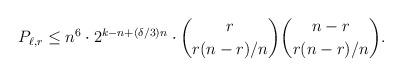
LaTeX: \begin{align*} P_{\ell,r} &\leq n^6 \cdot 2^{k-n+(\delta/3)n} \cdot \binom{r}{r(n-r)/n} \binom{n-r}{r(n-r)/n}.\end{align*}